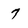
Character: 7